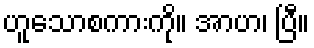
ဟူသောစကားကို။ အာဟ၊ ပြီ။